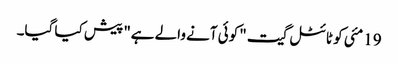
19 مئی کو ٹائٹل گیت "کوئی آنے والے ہے" پیش کیا گیا۔